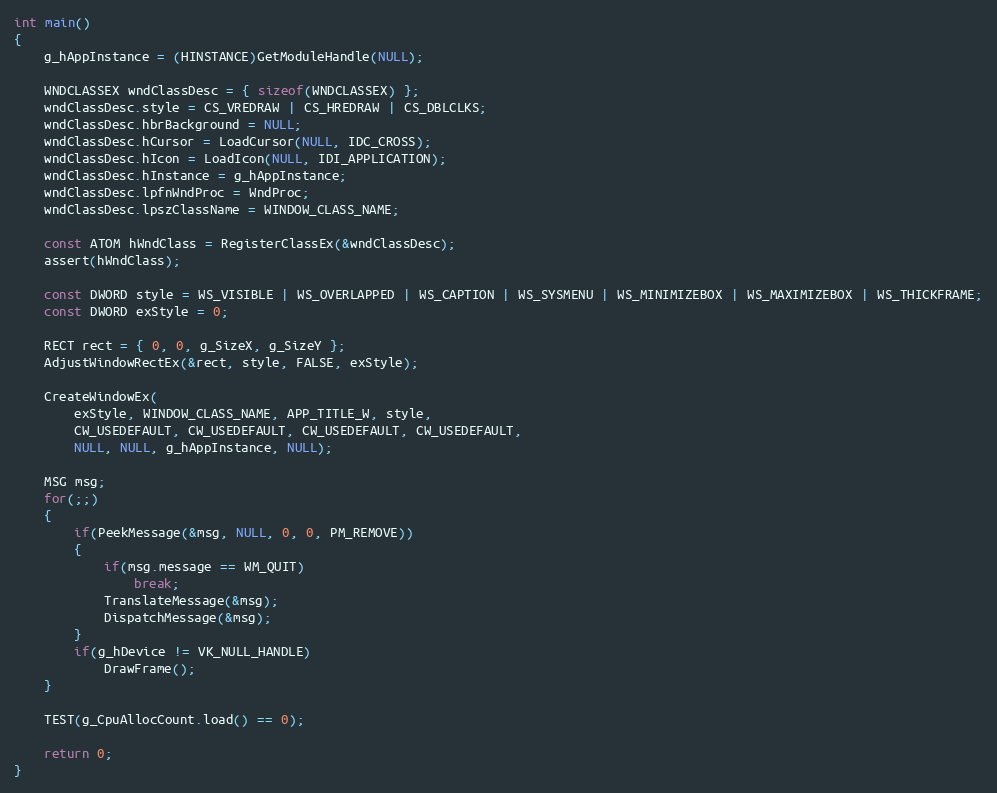
Language: C++
int main()
{
    g_hAppInstance = (HINSTANCE)GetModuleHandle(NULL);

    WNDCLASSEX wndClassDesc = { sizeof(WNDCLASSEX) };
    wndClassDesc.style = CS_VREDRAW | CS_HREDRAW | CS_DBLCLKS;
    wndClassDesc.hbrBackground = NULL;
    wndClassDesc.hCursor = LoadCursor(NULL, IDC_CROSS);
    wndClassDesc.hIcon = LoadIcon(NULL, IDI_APPLICATION);
    wndClassDesc.hInstance = g_hAppInstance;
    wndClassDesc.lpfnWndProc = WndProc;
    wndClassDesc.lpszClassName = WINDOW_CLASS_NAME;

    const ATOM hWndClass = RegisterClassEx(&wndClassDesc);
    assert(hWndClass);

    const DWORD style = WS_VISIBLE | WS_OVERLAPPED | WS_CAPTION | WS_SYSMENU | WS_MINIMIZEBOX | WS_MAXIMIZEBOX | WS_THICKFRAME;
    const DWORD exStyle = 0;

    RECT rect = { 0, 0, g_SizeX, g_SizeY };
    AdjustWindowRectEx(&rect, style, FALSE, exStyle);

    CreateWindowEx(
        exStyle, WINDOW_CLASS_NAME, APP_TITLE_W, style,
        CW_USEDEFAULT, CW_USEDEFAULT, CW_USEDEFAULT, CW_USEDEFAULT,
        NULL, NULL, g_hAppInstance, NULL);

    MSG msg;
    for(;;)
    {
        if(PeekMessage(&msg, NULL, 0, 0, PM_REMOVE))
        {
            if(msg.message == WM_QUIT)
                break;
            TranslateMessage(&msg);
            DispatchMessage(&msg);
        }
        if(g_hDevice != VK_NULL_HANDLE)
            DrawFrame();
    }

    TEST(g_CpuAllocCount.load() == 0);

    return 0;
}